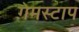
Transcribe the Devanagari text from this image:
गेमस्टाप